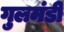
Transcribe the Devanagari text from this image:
गुलमंडी